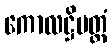
ကောလဋ္ဌိမတ္တံ